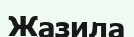
Жазила